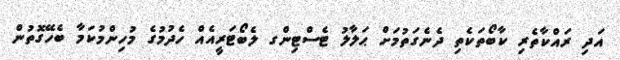
އަދި ރައްކާތެރި ކާބޯތަކެތި ދެނެގަތުމަށް ޙަލާލު ޓެސްޓިންގ ލެބޯޓަރީއެއް ހެދުމުގެ މުހިންމުކަމާ ބެހޭގޮތުން